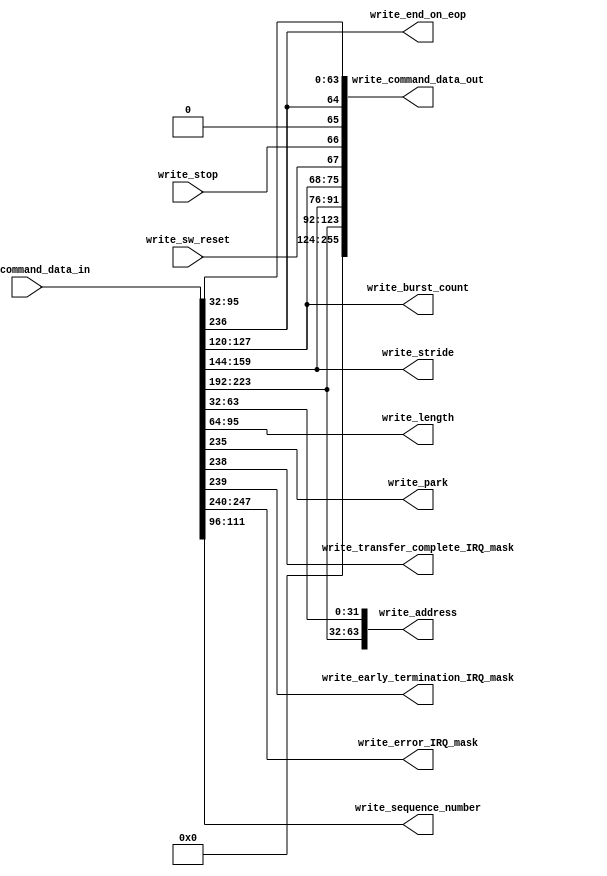
module write_signal_breakout (
  write_command_data_in,     // descriptor from the write FIFO
  write_command_data_out,  // reformated descriptor to the write master

  // breakout of command information
  write_address,
  write_length,
  write_park,
  write_end_on_eop,
  write_transfer_complete_IRQ_mask,
  write_early_termination_IRQ_mask,
  write_error_IRQ_mask,
  write_burst_count,      // when 'ENHANCED_FEATURES' is 0 this will be driven to ground
  write_stride,           // when 'ENHANCED_FEATURES' is 0 this will be driven to ground
  write_sequence_number,  // when 'ENHANCED_FEATURES' is 0 this will be driven to ground

  // additional control information that needs to go out asynchronously with the command data
  write_stop,
  write_sw_reset
);

  parameter DATA_WIDTH = 256;  // 256 bits when enhanced settings are enabled otherwise 128 bits

  input [DATA_WIDTH-1:0] write_command_data_in;
  output wire [255:0] write_command_data_out;

  output wire [63:0] write_address;
  output wire [31:0] write_length;
  output wire write_park;
  output wire write_end_on_eop;
  output wire write_transfer_complete_IRQ_mask;
  output wire write_early_termination_IRQ_mask;
  output wire [7:0] write_error_IRQ_mask;
  output wire [7:0] write_burst_count;
  output wire [15:0] write_stride;
  output wire [15:0] write_sequence_number;

  input write_stop;
  input write_sw_reset;

  assign write_address[31:0] = write_command_data_in[63:32];
  assign write_length = write_command_data_in[95:64];


  generate
    if (DATA_WIDTH == 256)
    begin
      assign write_park = write_command_data_in[235];
      assign write_end_on_eop = write_command_data_in[236];
      assign write_transfer_complete_IRQ_mask = write_command_data_in[238];
      assign write_early_termination_IRQ_mask = write_command_data_in[239];
      assign write_error_IRQ_mask = write_command_data_in[247:240];
      assign write_burst_count = write_command_data_in[127:120];
      assign write_stride = write_command_data_in[159:144];
      assign write_sequence_number = write_command_data_in[111:96];
      assign write_address[63:32] = write_command_data_in[223:192];
    end
    else
    begin
      assign write_park = write_command_data_in[107];
      assign write_end_on_eop = write_command_data_in[108];
      assign write_transfer_complete_IRQ_mask = write_command_data_in[110];
      assign write_early_termination_IRQ_mask = write_command_data_in[111];
      assign write_error_IRQ_mask = write_command_data_in[119:112];
      assign write_burst_count = 8'h00;
      assign write_stride = 16'h0000;
      assign write_sequence_number = 16'h0000; 
      assign write_address[63:32] = 32'h00000000;    
    end
  endgenerate


  // big concat statement to glue all the signals back together to go out to the write master (MSBs to LSBs)
  assign write_command_data_out = {{132{1'b0}},  // zero pad the upper 132 bits
                                  write_address[63:32],
                                  write_stride,
                                  write_burst_count,
                                  write_sw_reset,
                                  write_stop,
                                  1'b0,  // used to be the early termination bit so now it's reserved
                                  write_end_on_eop,
                                  write_length,
                                  write_address[31:0]};

endmodule